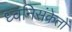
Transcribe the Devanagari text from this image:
ध्वनिसंकेतों